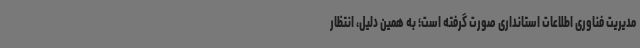
مدیریت فناوری اطلاعات استانداری صورت گرفته است؛ به همین دلیل، انتظار